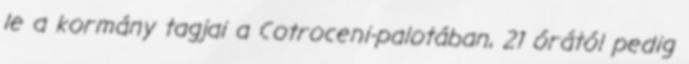
le a kormány tagjai a Cotroceni-palotában, 21 órától pedig